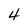
Character: 4